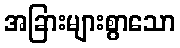
အခြားများစွာသော